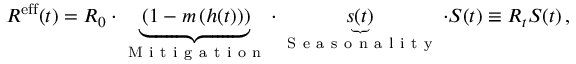
R ^ { \mathrm { e f f } } ( t ) = R _ { 0 } \cdot \underbrace { \left( 1 - m \left( h ( t ) \right) \right) } _ { \mathrm { ~ M ~ i ~ t ~ i ~ g ~ a ~ t ~ i ~ o ~ n ~ } } \cdot \underbrace { s ( t ) } _ { \mathrm { ~ S ~ e ~ a ~ s ~ o ~ n ~ a ~ l ~ i ~ t ~ y ~ } } \cdot S ( t ) \equiv R _ { t } S ( t ) \, ,